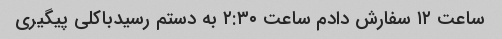
ساعت ۱۲ سفارش دادم ساعت ۲:۳۰ به دستم رسیدباکلی پیگیری